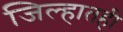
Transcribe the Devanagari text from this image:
जिल्हातही